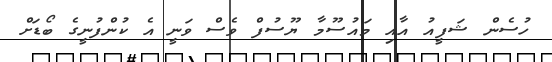
ހުސެން ޝަފީއު އާއި މައުސޫމާ ޔޫސުފް ވެސް ވަނީ އެ ކުންފުނީގެ ބޯޑަށް